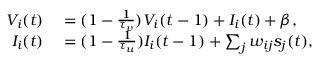
\begin{array} { r l } { V _ { i } ( t ) } & { { } = ( 1 - \frac { 1 } { \tau _ { v } } ) V _ { i } ( t - 1 ) + I _ { i } ( t ) + \beta , } \\ { I _ { i } ( t ) } & { { } = ( 1 - \frac { 1 } { \tau _ { u } } ) I _ { i } ( t - 1 ) + \sum _ { j } w _ { i j } s _ { j } ( t ) , } \end{array}